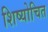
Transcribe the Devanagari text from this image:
शिष्योचित